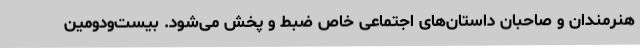
هنرمندان و صاحبان داستان‌های اجتماعی خاص ضبط و پخش می‌شود. بیست‌ودومین